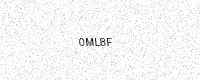
Text: 0ML8F